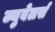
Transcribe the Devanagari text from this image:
ज्युवेलर्स